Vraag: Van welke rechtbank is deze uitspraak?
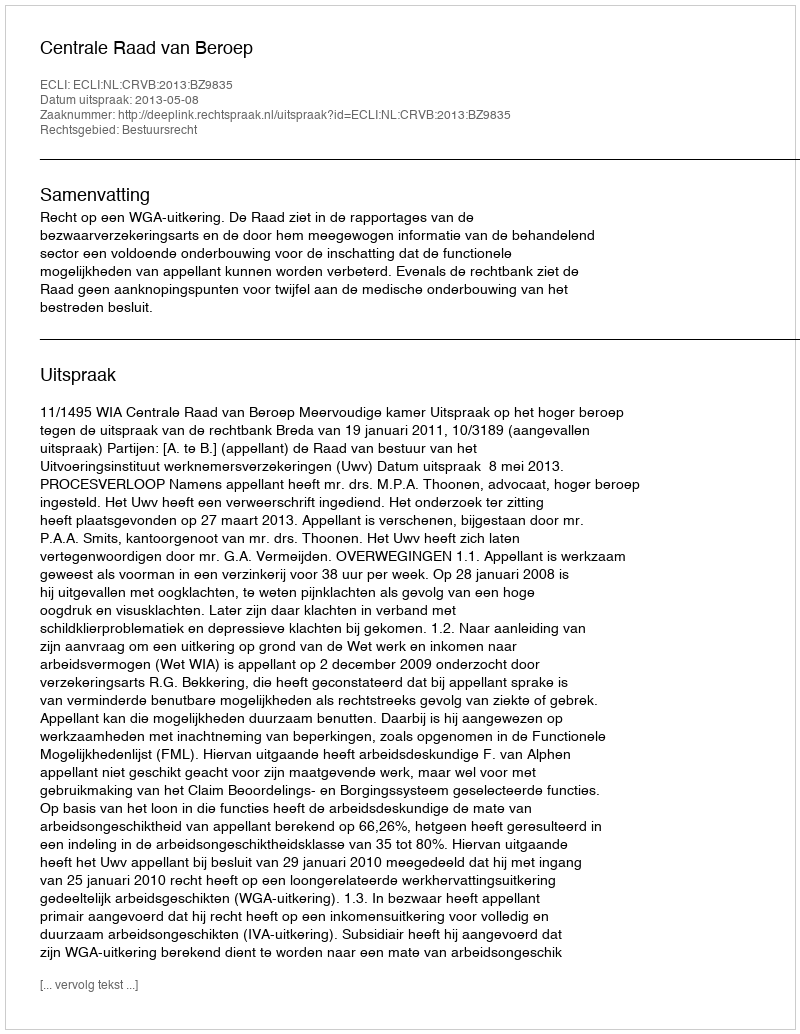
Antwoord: Centrale Raad van Beroep